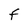
Character: F